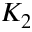
K _ { 2 }